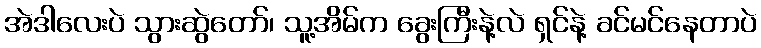
အဲဒါလေးပဲ သွားဆွဲတော်၊ သူ့အိမ်က ခွေးကြီးနဲ့လဲ ရှင်နဲ့ ခင်မင်နေတာပဲ